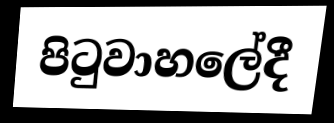
පිටුවාහලේදී